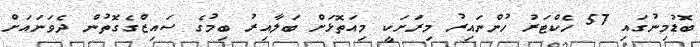
ބޮޑުމިނުގައި 57 ހެކްޓަރު ހުންނައިރު މިރަށަކީ މިއަތޮޅަށް ބަލާއިރު ބިމުގެ ސައިޒްގެގޮތުން ދެވަނައަށް